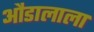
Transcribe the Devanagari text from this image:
औडालाला